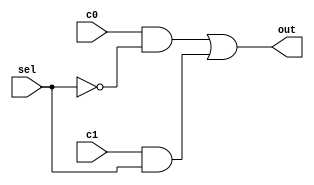
//2:1 1-bit MULTIPLEXER
//Allows you to select 1 out of 2 1-bit binary numbers
module mux2to1 (output out,
				input c0,
				input c1,
				input sel
				);
	wire selNot;
	wire w1,w2;
	
	not (selNot,sel);
	
	and (w1,c0,selNot);
	and (w2,c1,sel);
	
	or or1(out,w1,w2);

endmodule